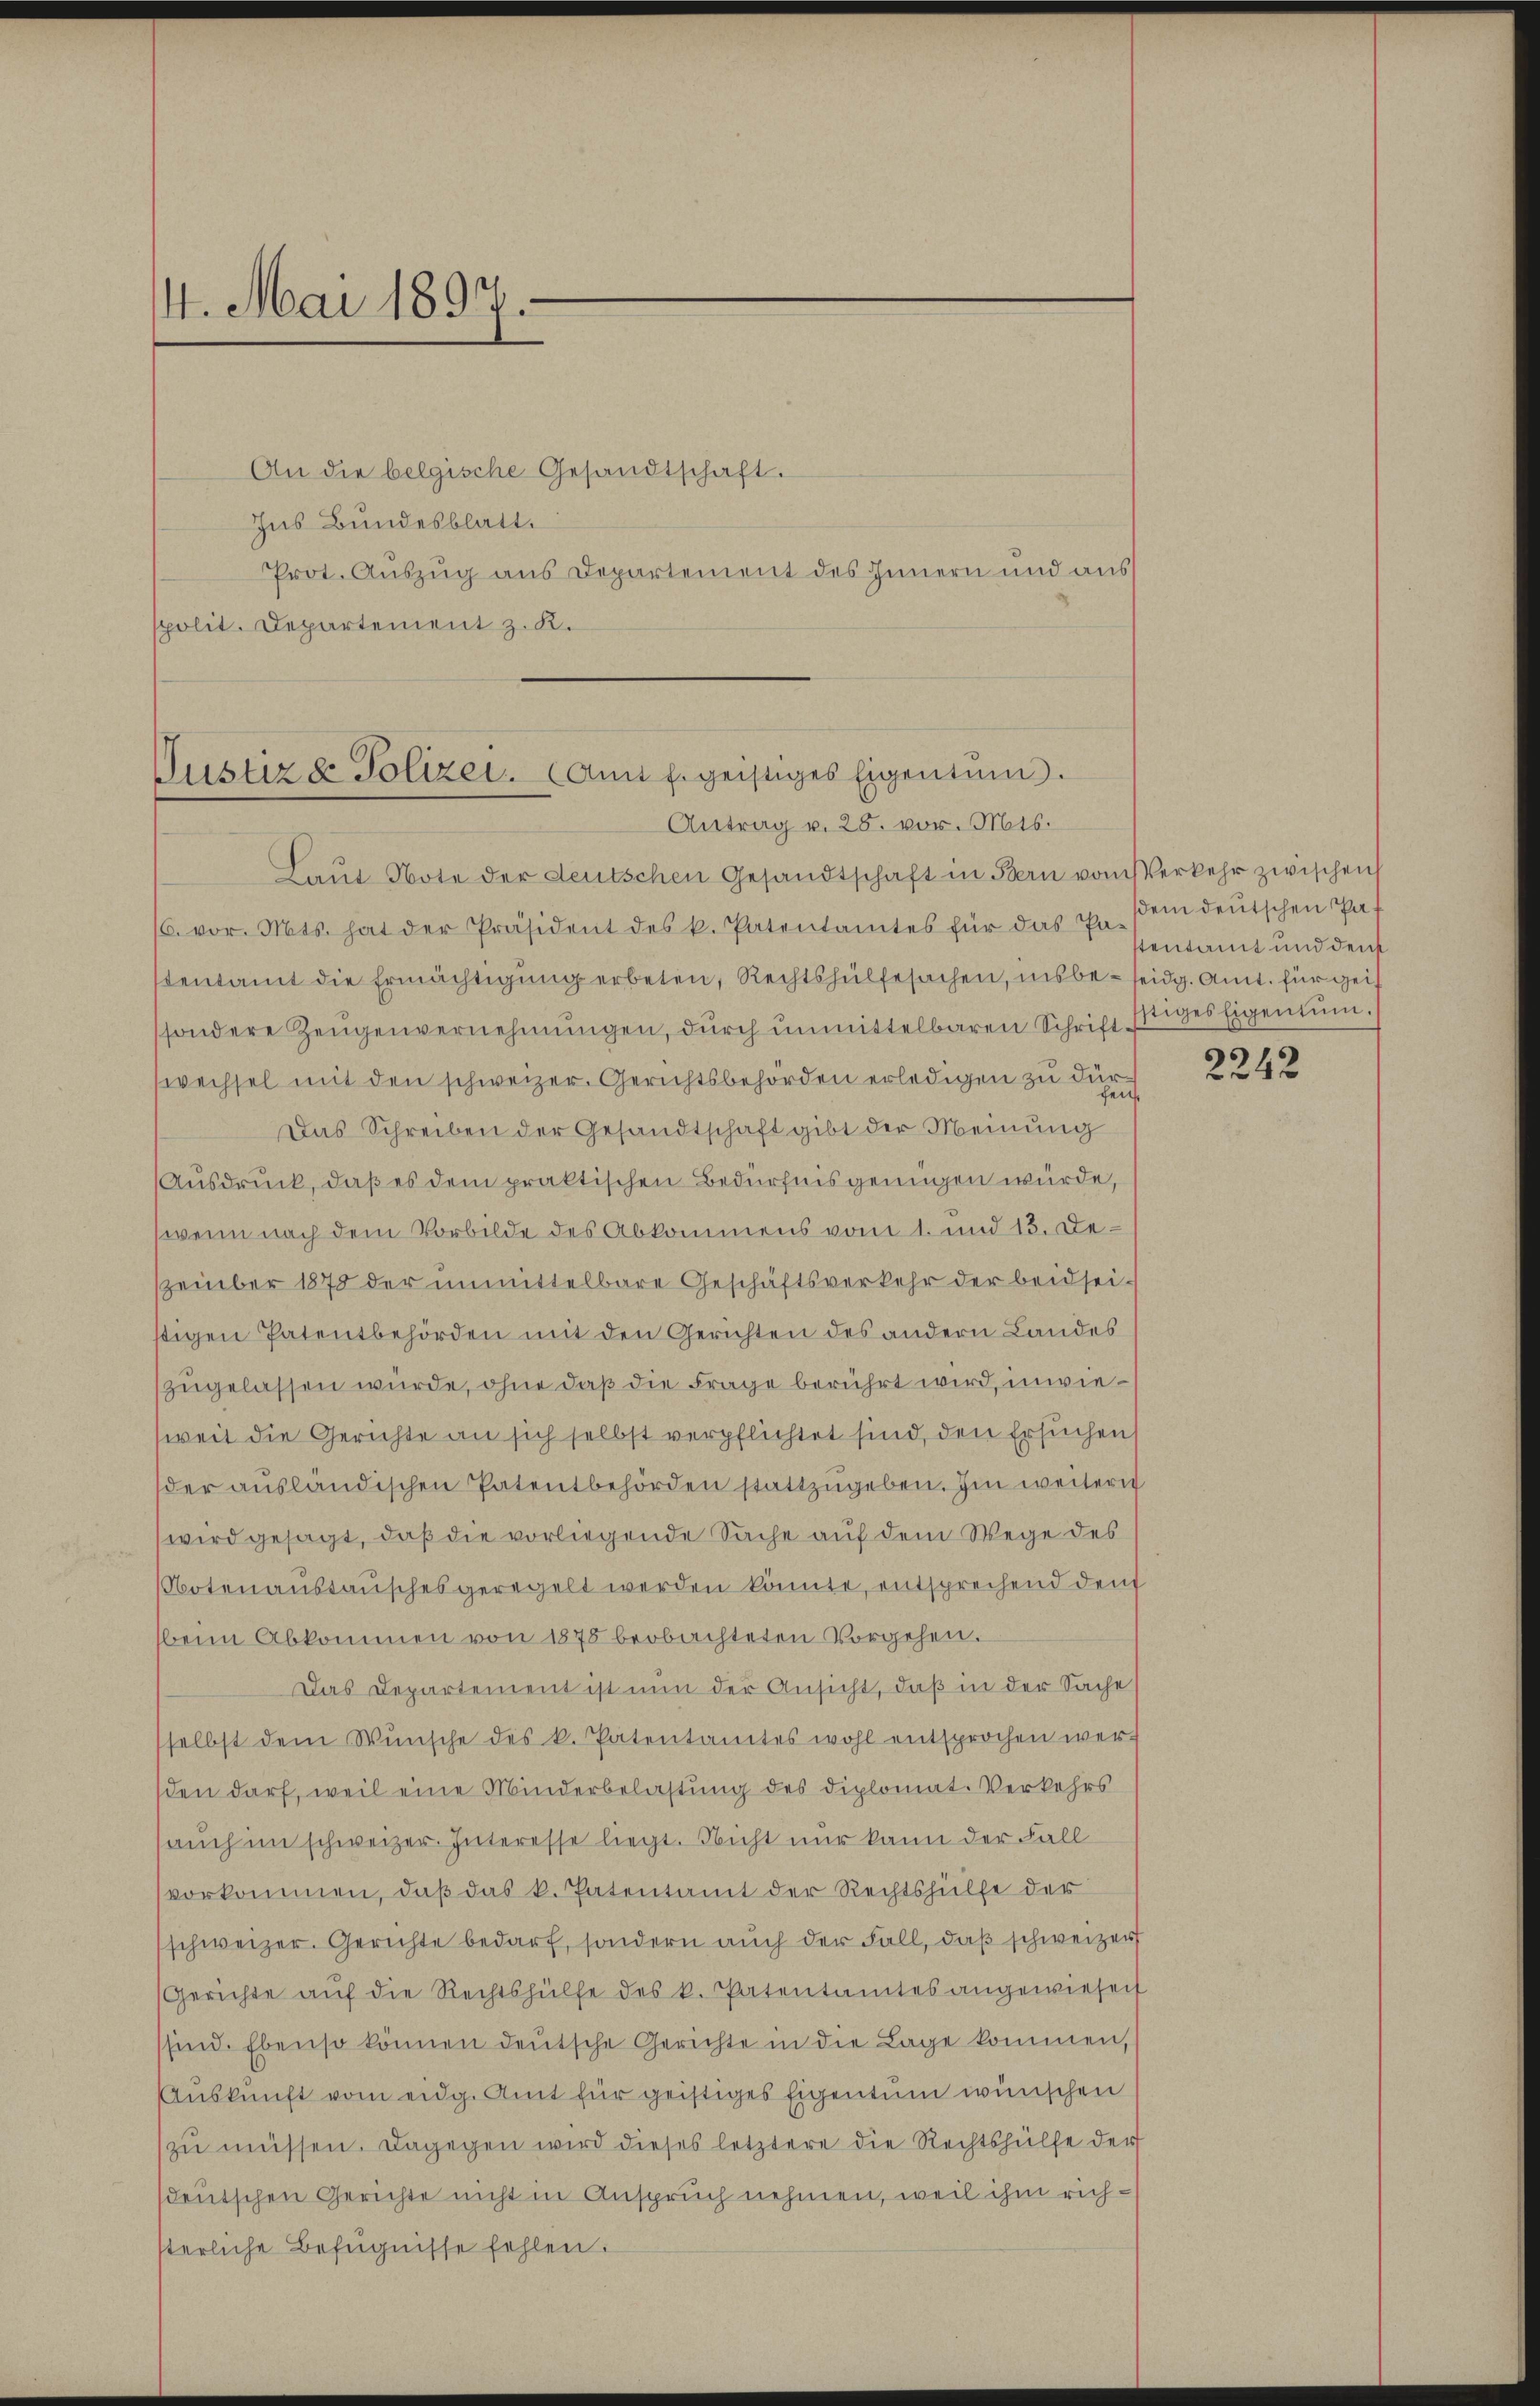
4. Mai 1897.

An die belgische Gesandtschaft.
Ins Bundesblatt.
Prot. Auszug aus Departement des Innern und aus
spolit. Departement z. K.

Justiz & Polizei. Amt f. geistiges Eigentum.
Antrag v. 28. vor. Mts.

Laŭt Note der deutschen Gesandtschaft in Bern vom Verkehr zwischen
/6. vor. Mts. hat der Präsident des k. Patentamtes für das Er sein deŭtschen Pat
stentamt die Ermächtigung erbeten, Rechtshülfesachen, insbe- seidg. Amt. für geisondere Zeŭgenvernehmungen, durch unmittelbaren Schrift-
wechsel mit den schweizer. Gerichtsbehörden erledigen zu dür¬
Das Schreiben der Gesandtschaft gibt der Meinung
Ausdruck, daß es dem praktischen Bedürfnis genügen würde,
(wenn nach dem Vorbilde des Abkommens vom 1. und 13. Deszember 1875 der unmittelbare Geschäftsverkehr der beidseistigen Patentbehörden mit den Gerichten des andern Landes
zugelassen würde, ohne daß die Frage berührt wird, inwieweit die Gerichte an sich selbst verpflichtet sind, den Ersuchen
der aŭsländischen Patentbehörden stattzugeben. Im weitern
wird gesagt, daß die vorliegende Sache auf dem Wege des
Notenanstaŭsches geregelt werden könnte, entsprechend den
beim Abkommen von 1875 beobachteten Vorgehen.
Das Departement ist nun der Ansicht, daß in der Sache
selbst dem Wunsche des k. Patentamtes wohl entsprochen werden darf, weil eine Minderbelastung des Diplomat. Verkehrs
sauch im schweizer. Interesse liegt. Nicht nur kann der Fall
vorkommen, daß das k. Patentamt der Rechtshülfe der
schweizer. Gerichte bedarf, sondern auch der Fall, daß schweizer
Gerichte auf die Rechtshülfe des k. Patentamtes angewiesen
ssind. Ebenso können deutsche Gerichte in die Lage kommen,
Auskunft vom eidg. Amt für geistiges Eigentum wünschen
zŭ müssen. Dagegen wird dieses letztere die Rechtshülfe der
sdeutschen Gerichte nicht in Anspruch nehmen, weil ihm richsterliche Befugnisse fehlen.

tentamt und den
stiges Eigentum.

2242